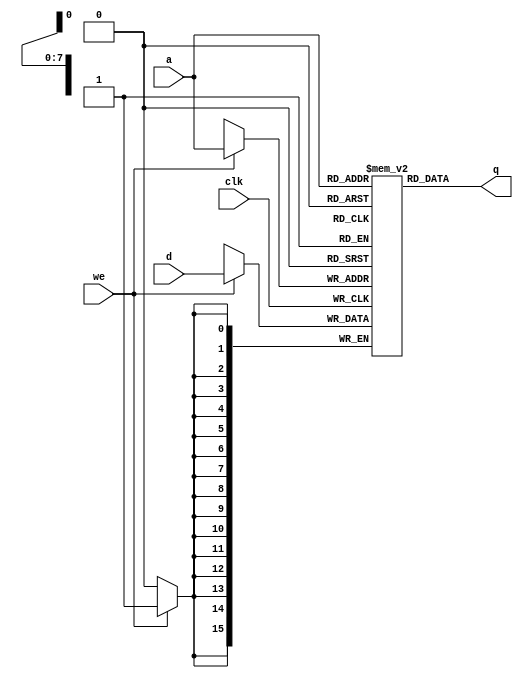
module async_1rd_1wr (
  input clk,
  input [7:0] a, 
  input we, 
  input [15:0] d,
  output [15:0] q
);
  reg [15:0] mem[0:255];
  always @(posedge clk) if (we) mem[a] <= d;
  assign q = mem[a];
endmodule